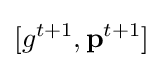
[g^{t+1},\mathbf {p} ^{t+1}]